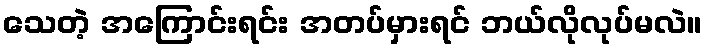
သေတဲ့ အကြောင်းရင်း အတပ်မှားရင် ဘယ်လိုလုပ်မလဲ။